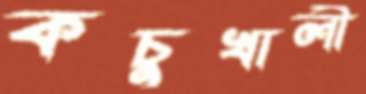
কচুখালী